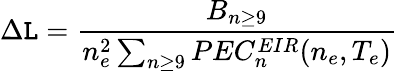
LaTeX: \Delta\mathtt{L}=\frac{{B_{n\geq9}}}{{n_{e}^{2}\sum_{n\geq9}PEC_{n}^{EIR}(n_{e},T_{e})}}